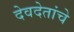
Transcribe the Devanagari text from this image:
देवदेतांचे